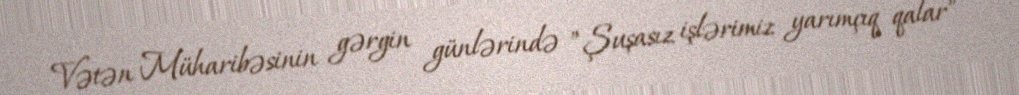
Vətən Müharibəsinin gərgin günlərində ”Şuşasız işlərimiz yarımçıq qalar”